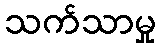
သက်သာမှု